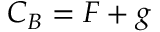
C _ { B } = F + g